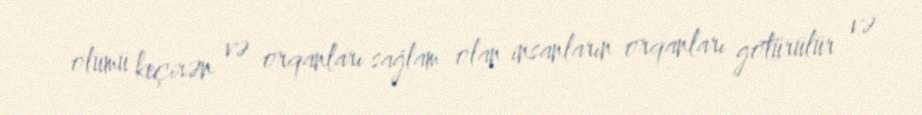
ölümü keçirən və orqanları sağlam olan insanların orqanları götürülür və